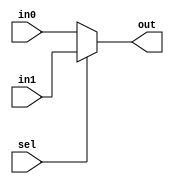
module mux2to1_cond(    out,
                        in0,
                        in1,
                        sel);
                        
output    out;
input     in0;
input     in1;
input     sel;


assign    out = (sel)? in1 : in0 ;

endmodule



module mux2to1_if( out, in0, in1, sel);
  
output    out;
input     in0;
input     in1;
input     sel;

reg out;
  
always @(out, in0, in1, sel) begin
  
  
      if (sel == 1'b0)  begin
          out = in0     ;
      end else begin
          out = in1     ;
      end
      
end
endmodule

               
module mux2to1_case (out, in0, in1, sel);
  
  
output    out;
input     in0;
input     in1;
input     sel;

reg       out;

always @(out, in0, in1, sel)begin
  
  case ({in0, in1, sel})
    
        3'b000 : {out} = 1'b0;
        3'b001 : {out} = 1'b0;
        3'b010 : {out} = 1'b0;
        3'b011 : {out} = 1'b1;
        3'b100 : {out} = 1'b1;
        3'b101 : {out} = 1'b0;
        3'b110 : {out} = 1'b1;
        3'b111 : {out} = 1'b1;
        
      endcase
      
end
endmodule


///////////////////////////////////////////////////////////////


module mux4to1_if( out,
   in,
   sel );

output out  ;
input [3:0] in ;
input [1:0] sel ;

reg out ;


always @(*) begin
 if(sel == 2'b00 ) begin
  out = in[0] ;
 end else if(sel == 2'b01 ) begin
  out = in[1] ;
 end else if(sel == 2'b10 ) begin
  out = in[2] ;
 end else begin
  out = in[3] ;
 end

 end

endmodule

module mux4to1_case( out,
   in,
   sel );

output out  ;
input [3:0] in ;
input [1:0] sel ;

reg out ;

always @(in, sel) begin
 case( sel)
 2'b00 : {out} = in[0] ;
 2'b01 : {out} = in[1] ;
 2'b10 : {out} = in[2] ;
 2'b11 : {out} = in[3] ;


 endcase
end

endmodule 

module mux4to1_inst(out, in0,in1,in2,in3,sel);
  
output      out;
input       in0;
input       in1;
input       in2;
input       in3;
input [1:0] sel;

wire  [1:0] mux2;

mux2to1_case mux2_0      (.out (mux2[0]  ), 
                          .in0 (in0      ), 
                          .in1 (in1      ), 
                          .sel (sel[0]   ));
                   
                         
mux2to1_case mux2_1      (.out (mux2[1]  ), 
                          .in0 (in2      ), 
                          .in1 (in3      ), 
                          .sel (sel[0]   ));
                            
mux2to1_case mux2_2      (.out (out      ), 
                          .in0 (mux2[0]  ), 
                          .in1 (mux2[1]  ), 
                          .sel (sel[1]   ));  
                          

endmodule